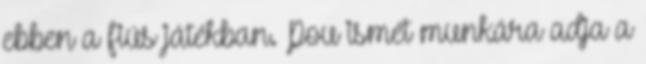
ebben a fiús játékban. Pou ismét munkára adja a